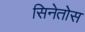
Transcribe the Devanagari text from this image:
सिनेतोस